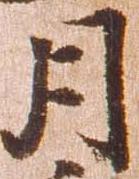
月